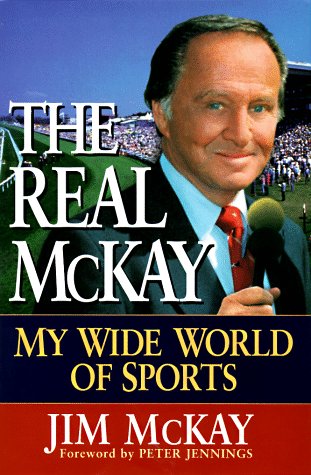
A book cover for The Real McKay: My Wide World of Sports; Jim McKay; Sports & Outdoors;